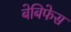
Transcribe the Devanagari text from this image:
बेबिफेस